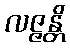
လဇ္ဇန္တိ